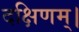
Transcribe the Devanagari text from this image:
दक्षिणम्।